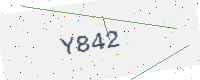
Text: Y842